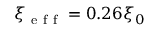
\xi _ { \mathrm { ~ e ~ f ~ f ~ } } = 0 . 2 6 \xi _ { 0 }